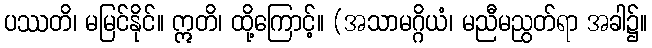
ပဿတိ၊ မမြင်နိုင်။ ဣတိ၊ ထို့ကြောင့်။ (အသာမဂ္ဂိယံ၊ မညီမညွတ်ရာ အခါ၌။